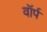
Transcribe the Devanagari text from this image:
वॉर्प